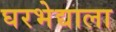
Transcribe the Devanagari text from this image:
घरभेद्याला